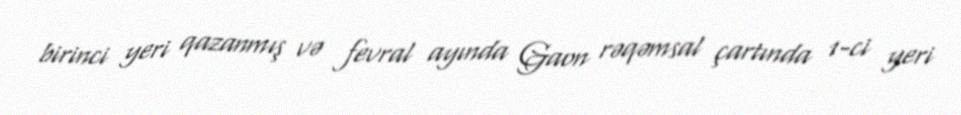
birinci yeri qazanmış və fevral ayında Gaon rəqəmsal çartında 1-ci yeri